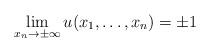
LaTeX: \begin{align*}\lim_{x_n\to\pm\infty} u(x_1,\dots,x_n)=\pm1\end{align*}